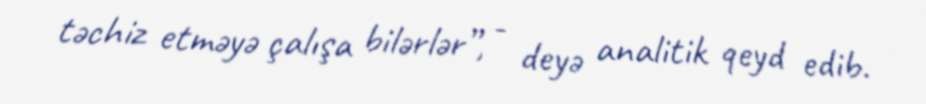
təchiz etməyə çalışa bilərlər”, - deyə analitik qeyd edib.